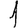
Digit: 1